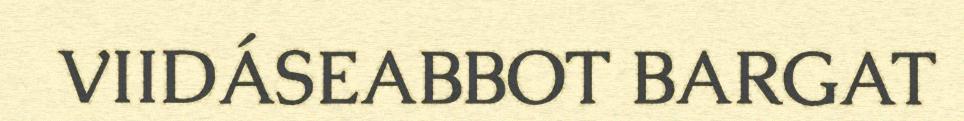
VIIDÁSEABBOT BARGAT